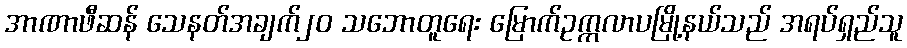
အာဏာဖီဆန် သေနတ်အချက်၂၀ သဘောတူရေး မြောက်ဥက္ကလာပမြို့နယ်သည် အရပ်ရှည်သူ